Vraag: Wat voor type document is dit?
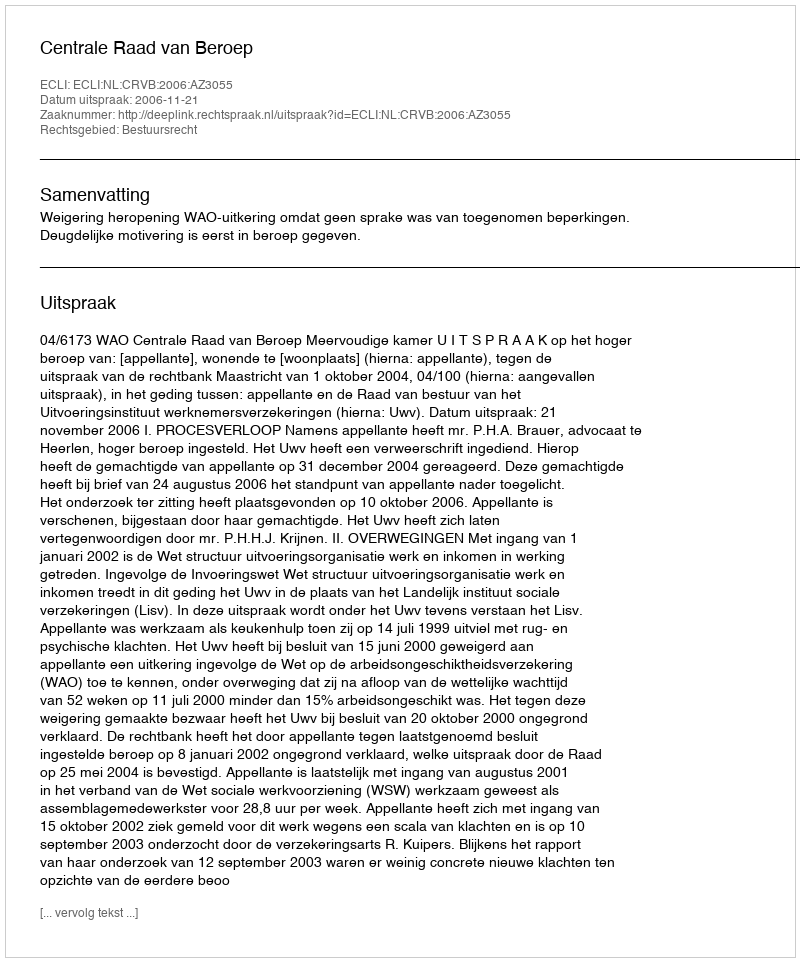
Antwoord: Uitspraak